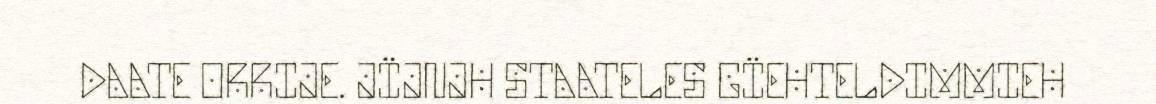
DAATE ORRIJE. JÏJNJH STAATELES GÏEHTELDIMMIEH